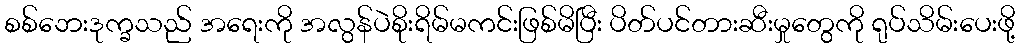
စစ်ဘေးဒုက္ခသည် အရေးကို အလွန်ပဲစိုးရိမ်မကင်းဖြစ်မိပြီး ပိတ်ပင်တားဆီးမှုတွေကို ရုပ်သိမ်းပေးဖို့